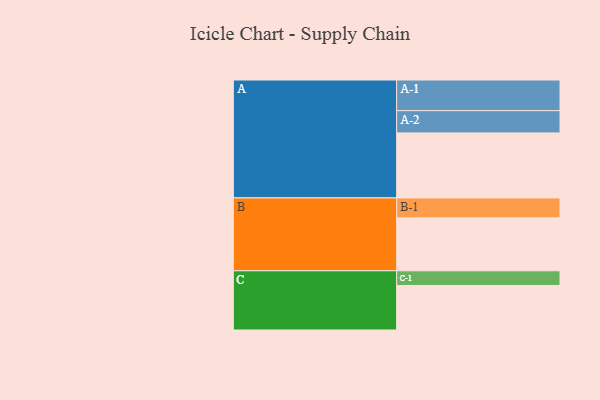
{"axis": {"x": "Segment", "y": "Value"}, "legend": ["", "A", "B", "C"], "data": [{"x": "A", "y": 596, "type": ""}, {"x": "B", "y": 485, "type": ""}, {"x": "C", "y": 408, "type": ""}, {"x": "A-1", "y": 281, "type": "A"}, {"x": "A-2", "y": 204, "type": "A"}, {"x": "B-1", "y": 183, "type": "B"}, {"x": "C-1", "y": 135, "type": "C"}]}